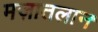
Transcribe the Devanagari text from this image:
मज़ातलान